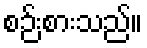
စဉ်းစားသည်။